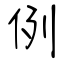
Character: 例